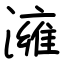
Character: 澭